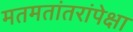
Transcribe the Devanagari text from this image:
मतमतांतरांपेक्षा